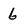
Character: 6